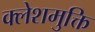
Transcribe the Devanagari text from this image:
क्लेशमुक्ति